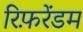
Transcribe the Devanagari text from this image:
रिफ़रेंडम